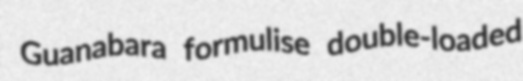
Guanabara formulise double-loaded